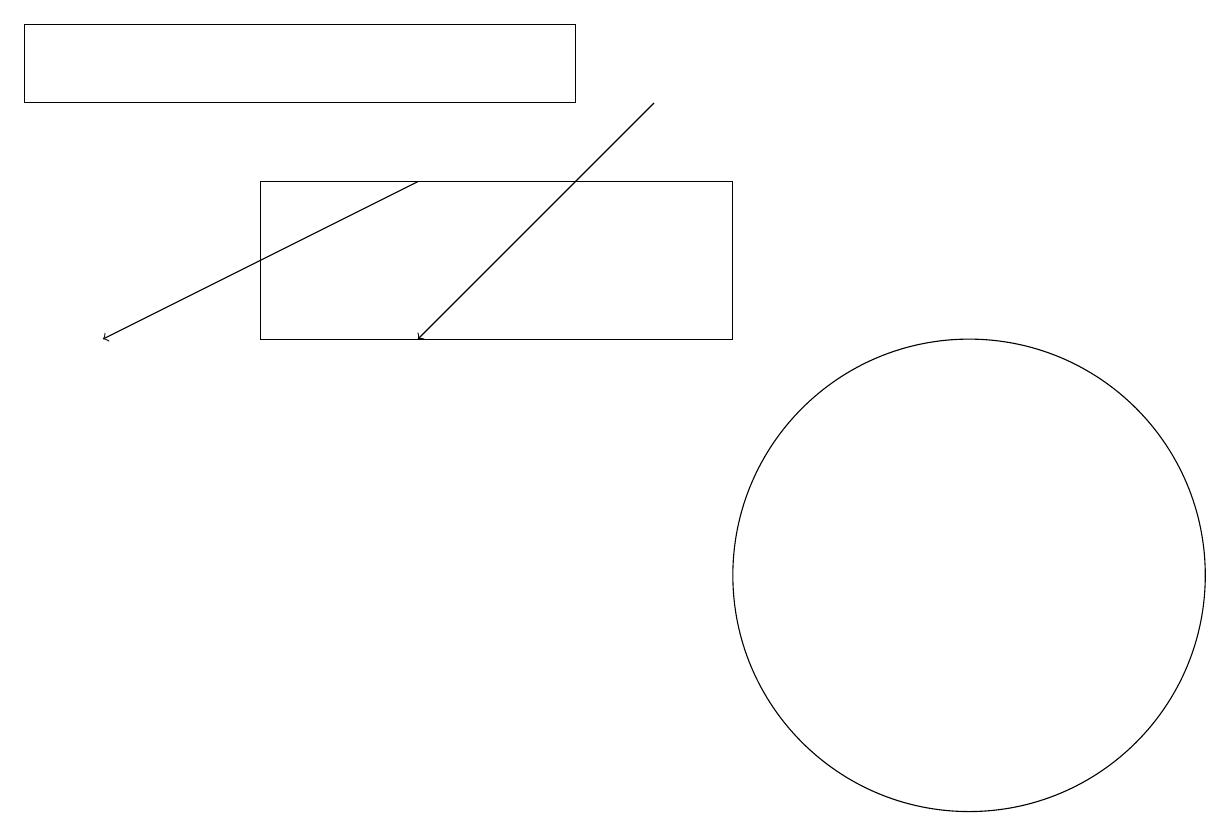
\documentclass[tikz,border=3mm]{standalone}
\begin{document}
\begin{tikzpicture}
\draw (12,11) circle (3);
\draw (9,16) rectangle (3,14);
\draw[->] (5,16) -- (1,14);
\draw (7,17) rectangle (0,18);
\draw[->] (8,17) -- (5,14);
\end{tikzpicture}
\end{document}